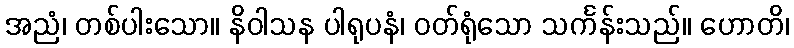
အညံ၊ တစ်ပါးသော။ နိဝါသန ပါရုပနံ၊ ဝတ်ရုံသော သင်္ကန်းသည်။ ဟောတိ၊